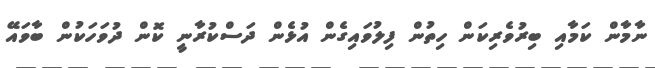
ނާމާން ކަމާއި ބިރުވެރިކަން ހިތުން ފިލުވައިގެން އުޅެން ދަސްކުރާނީ ކޮން ދުވަހަކުން ބާވައޭ